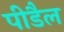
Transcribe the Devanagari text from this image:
पीडैल